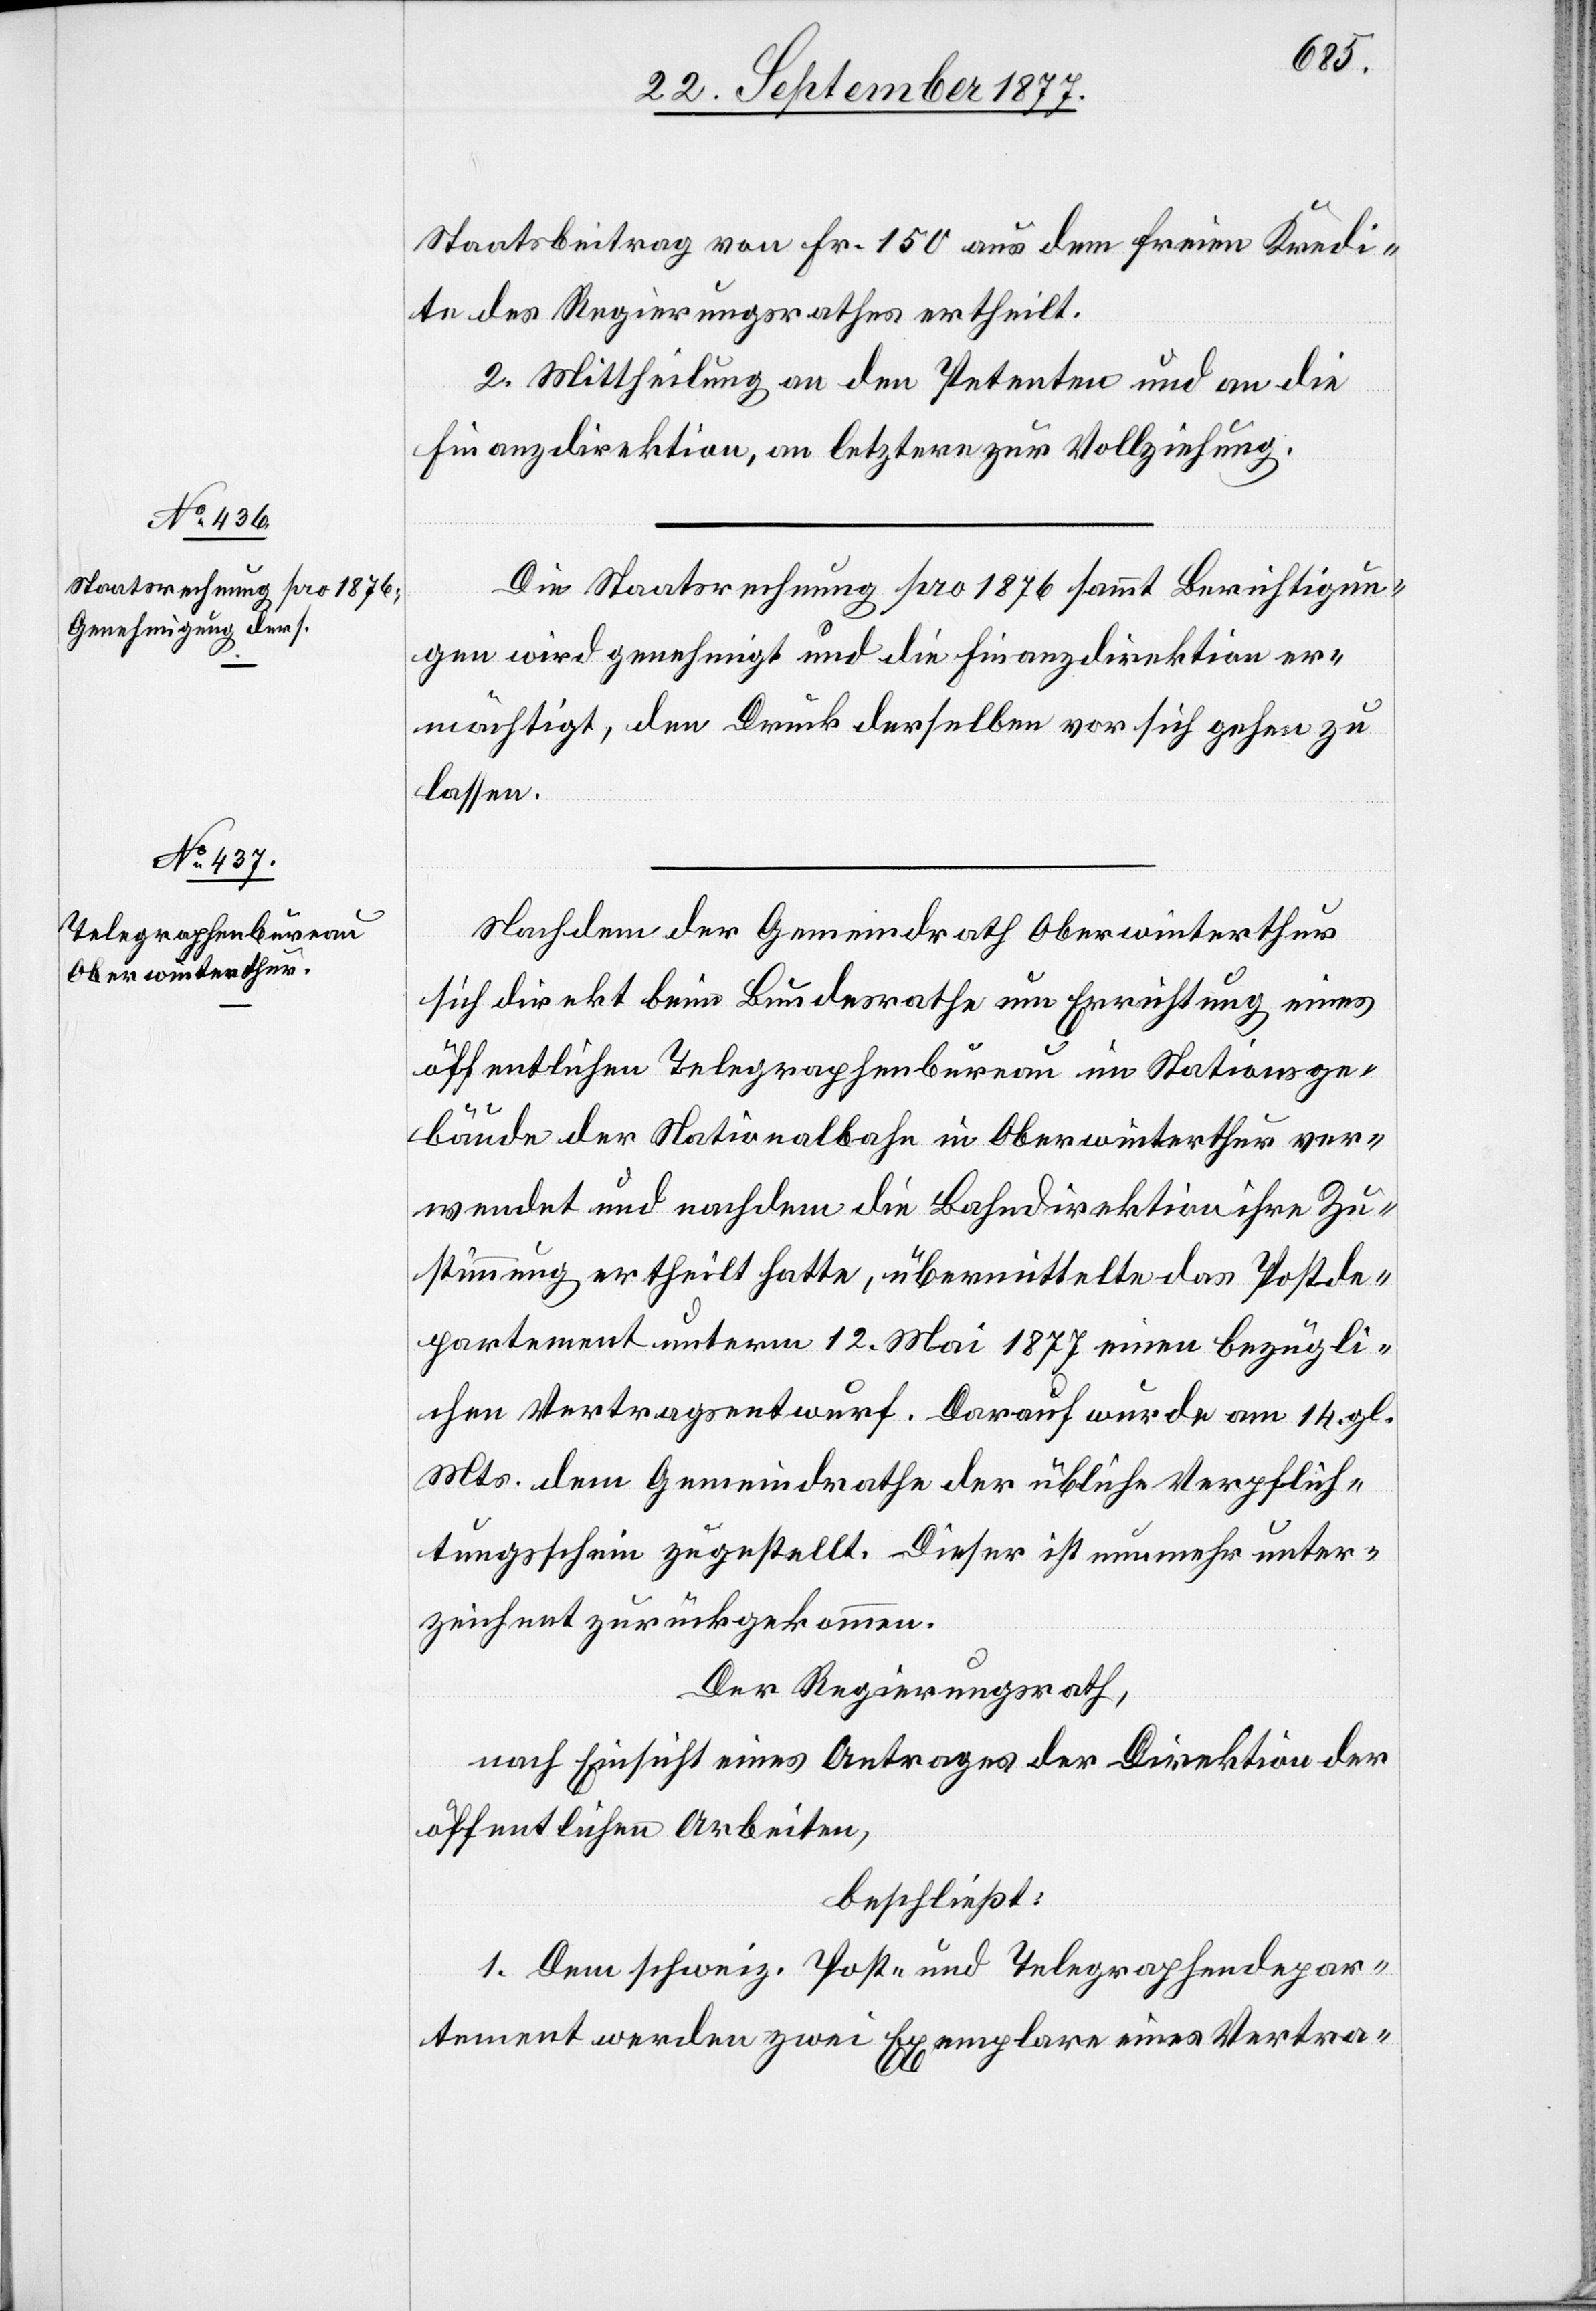
Staatsbeitrag von Fr. 150 aus dem freien Kredi¬
te des Regierungsrathes ertheilt.
2. Mittheilung an den Petenten und an die
Finanzdirektion, an letztere zur Vollziehung.
Die Staatsrechnung pro 1876 sammt Berichtigun¬
gen wird genehmigt und die Finanzdirektion er¬
mächtigt, den Druck derselben vor sich gehen zu
lassen.
Nachdem der Gemeindrath Oberwinterthur
sich direkt beim Bundesrathe um Errichtung eines
öffentlichen Telegraphenbureau im Stationsge¬
bäude der Nationalbahn in Oberwinterthur ver¬
wendet und nachdem die Bahndirektion ihre Zu¬
stimmung ertheilt hatte, übermittelte das Postde¬
partement unterm 12. Mai 1877 einen bezügli¬
chen Vertragsentwurf. Darauf wurde am 14. gl.
Mts. dem Gemeindrathe der übliche Verpflich¬
tungsschein zugestellt. Dieser ist nunmehr unter¬
zeichnet zurückgekommen.
Der Regierungsrath,
nach Einsicht eines Antrages der Direktion der
öffentlichen Arbeiten,
beschließt:
1. Dem schweiz. Post- und Telegraphendepar¬
tement werden zwei Exemplare eines Vertra-